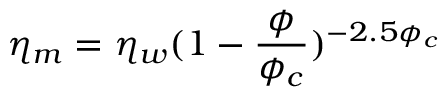
\eta _ { m } = \eta _ { w } ( 1 - \frac { \phi } { \phi _ { c } } ) ^ { - 2 . 5 \phi _ { c } }